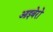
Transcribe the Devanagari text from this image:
आइबेरो